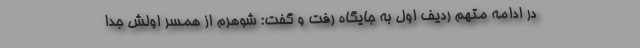
در ادامه متهم ردیف اول به جایگاه رفت و گفت: شوهرم از همسر اولش جدا